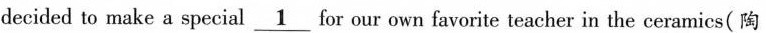
decided to make a special \underline{1} for our own favorite teacher in the ceramics(陶